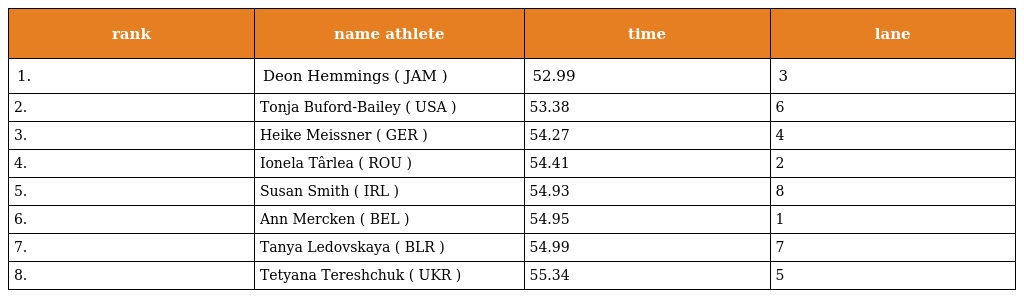
| rank | name athlete | time | lane |
 | --- | --- | --- | --- |
 | 1. | Deon Hemmings ( JAM ) | 52.99 | 3 |
 | 2. | Tonja Buford-Bailey ( USA ) | 53.38 | 6 |
 | 3. | Heike Meissner ( GER ) | 54.27 | 4 |
 | 4. | Ionela Târlea ( ROU ) | 54.41 | 2 |
 | 5. | Susan Smith ( IRL ) | 54.93 | 8 |
 | 6. | Ann Mercken ( BEL ) | 54.95 | 1 |
 | 7. | Tanya Ledovskaya ( BLR ) | 54.99 | 7 |
 | 8. | Tetyana Tereshchuk ( UKR ) | 55.34 | 5 |